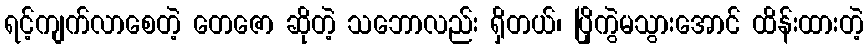
ရင့်ကျက်လာစေတဲ့ တေဇော ဆိုတဲ့ သဘောလည်း ရှိတယ်၊ ပြိုကွဲမသွားအောင် ထိန်းထားတဲ့